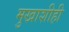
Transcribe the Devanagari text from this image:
मुखाशीही